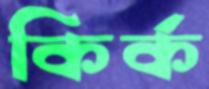
কির্ক